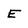
Character: E